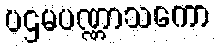
ပဌမပဏ္ဏာသကော